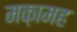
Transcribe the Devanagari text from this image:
मक़ामह